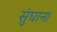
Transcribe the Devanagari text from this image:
सुंघाना